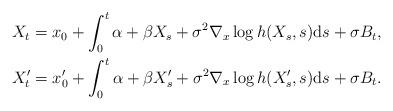
LaTeX: \begin{align*} & X_{t}=x_{0}+\int_{0}^{t}\alpha+\beta X_{s}+\sigma^{2}\nabla_{x}\log h(X_{s},s)\mathrm{d}s+\sigma B_{t},\\ & X_{t}^{\prime}=x_{0}^{\prime}+\int_{0}^{t}\alpha+\beta X_{s}^{\prime}+\sigma^{2}\nabla_{x}\log h(X_{s}^{\prime},s)\mathrm{d}s+\sigma B_{t}.\end{align*}